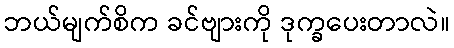
ဘယ်မျက်စိက ခင်ဗျားကို ဒုက္ခပေးတာလဲ။